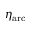
\eta _ { \mathrm { a r c } }